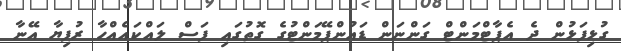
ގުޅިފަޅުން ދެ އެޕާޓްމަންޓް ގަންނަން ޑައުންޕޭމަންޓުގެ ގޮތުގައި ފަސް ލައްކައެއްހާ ރުފިޔާ އޭނާ